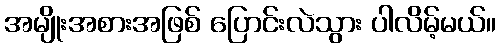
အမျိုးအစားအဖြစ် ပြောင်းလဲသွား ပါလိမ့်မယ်။